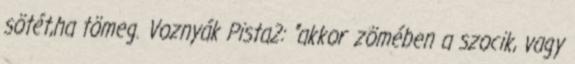
sötét,ha tömeg. Voznyák Pista2: "akkor zömében a szocik, vagy